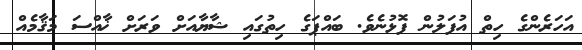
އަހަރެންގެ ހިތް އުފަލުން ފޮޅުނެވެ. ބައްޕަގެ ހިތުގައި ޝާޔާއަށް ވަރަށް ޚާއްސަ މަޤާމެއް